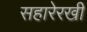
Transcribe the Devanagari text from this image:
सहारेरखी